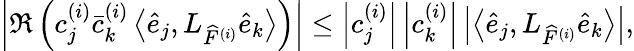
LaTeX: \left|\Re\left(c_{j}^{(i)}\bar{c}_{k}^{(i)}\left\langle\widehat{e}_{j},L_{\widehat{F}^{(i)}}\widehat{e}_{k}\right\rangle\right)\right|\leq\left|c_{j}^{(i)}\right|\left|c_{k}^{(i)}\right|\left|\left\langle\widehat{e}_{j},L_{\widehat{F}^{(i)}}\widehat{e}_{k}\right\rangle\right|,